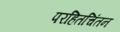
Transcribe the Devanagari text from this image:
परहितचिंतन